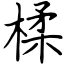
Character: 楺